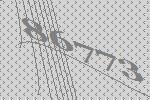
86773